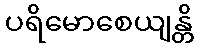
ပရိမောစေယျန္တိ